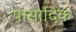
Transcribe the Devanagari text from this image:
पासादिक